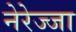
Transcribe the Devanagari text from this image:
नेरेज्जा